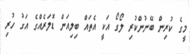
މީގެ ކުރިން ބޭނުންކުރި ލޯގޯ އަކީ އެތައް ބިލިއަން ޑޮލަރެއްގެ އަގު ހުރި